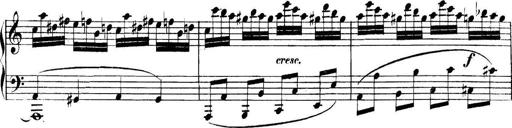
Title: Collected Piano Sonatas
Composer: Muzio Clementi